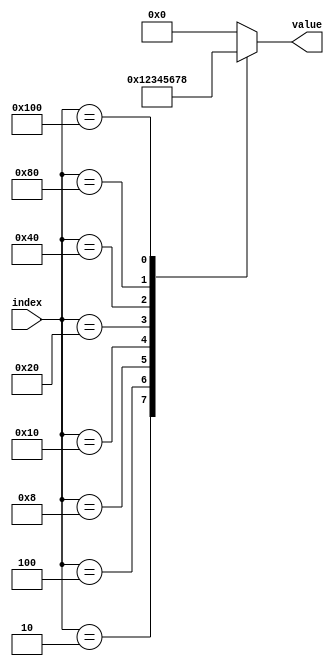
module Encoder_1(index, value);
	parameter window_width = 3;
	parameter full_win_bits = 4;
	input[window_width * window_width - 1 : 0] index;
	output[full_win_bits - 1 : 0] value;
	reg[full_win_bits - 1 : 0] reg_value;
	assign value = reg_value;
	generate
		case(window_width)
			2 : 
				always@(*) begin
					case(index)
						1 : reg_value <= 0;
						2 : reg_value <= 1;
						4 : reg_value <= 2;
						8 : reg_value <= 3;
						default: reg_value <= 0;
					endcase
				end
			3 : 
				always@(*) begin
					case(index)
						1 : reg_value <= 0;
						2 : reg_value <= 1;
						4 : reg_value <= 2;
						8 : reg_value <= 3;
						16 : reg_value <= 4;
						32 : reg_value <= 5;
						64 : reg_value <= 6;
						128 : reg_value <= 7;
						256 : reg_value <= 8;
						default: reg_value <= 0;
					endcase
				end
			4 : 
				always@(*) begin
					case(index)
						1 : reg_value <= 0;
						2 : reg_value <= 1;
						4 : reg_value <= 2;
						8 : reg_value <= 3;
						16 : reg_value <= 4;
						32 : reg_value <= 5;
						64 : reg_value <= 6;
						128 : reg_value <= 7;
						256 : reg_value <= 8;
						512 : reg_value <= 9;
						1024 : reg_value <= 10;
						2048 : reg_value <= 11;
						4096 : reg_value <= 12;
						8192 : reg_value <= 13;
						16384 : reg_value <= 14;
						32768 : reg_value <= 15;
						default: reg_value <= 0;
					endcase
				end
			5 : 
				always@(*) begin
					case(index)
						1 : reg_value <= 0;
						2 : reg_value <= 1;
						4 : reg_value <= 2;
						8 : reg_value <= 3;
						16 : reg_value <= 4;
						32 : reg_value <= 5;
						64 : reg_value <= 6;
						128 : reg_value <= 7;
						256 : reg_value <= 8;
						512 : reg_value <= 9;
						1024 : reg_value <= 10;
						2048 : reg_value <= 11;
						4096 : reg_value <= 12;
						8192 : reg_value <= 13;
						16384 : reg_value <= 14;
						32768 : reg_value <= 15;
						65536 : reg_value <= 16;
						131072 : reg_value <= 17;
						262144 : reg_value <= 18;
						524288 : reg_value <= 19;
						1048576 : reg_value <= 20;
						2097152 : reg_value <= 21;
						4194304 : reg_value <= 22;
						8388608 : reg_value <= 23;
						16777216 : reg_value <= 24;
						default: reg_value <= 0;
					endcase
				end
			default : ;
		endcase
	endgenerate
endmodule